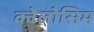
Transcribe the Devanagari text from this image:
क्वेलोसिम